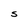
Character: S